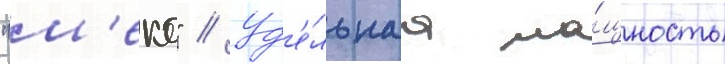
"м'еко" // Уд'е́льнаа мо́щность